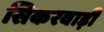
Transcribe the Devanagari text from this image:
सिकरवाड़ी